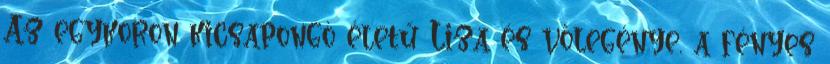
Az egykoron kicsapongó életű Liza és vőlegénye, a fényes